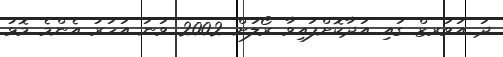
ދަ އަވަރޒް ގައި އަދާކޮށްފައިވާ ރޯލަށް 2002 ވަނަ އަހަރު އެންމެ މޮޅު